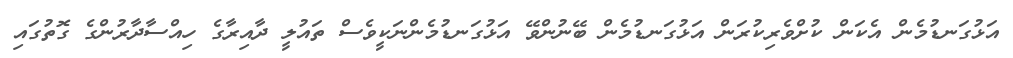
އަޅުގަނޑުމެން އެކަން ކުށްވެރިކުރަން އަޅުގަނޑުމެން ބޭނުންވޭ އަޅުގަނޑުމެންނަކީވެސް ތައުލީ ދާއިރާގެ ހިއްސާދާރުންގެ ގޮތުގައި